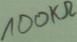
Text: 100KΩ